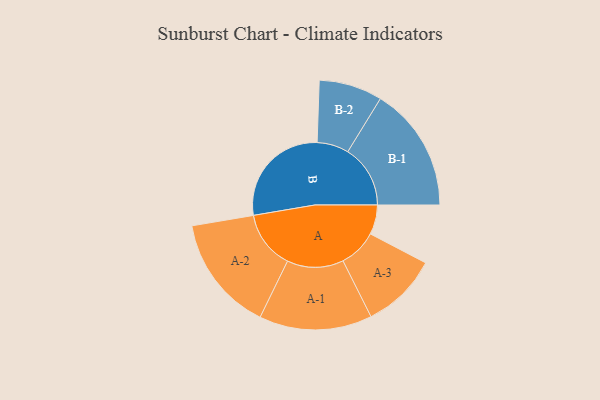
{"axis": {"x": "Segment", "y": "Value"}, "legend": ["", "A", "B"], "data": [{"x": "A", "y": 135, "type": ""}, {"x": "B", "y": 497, "type": ""}, {"x": "A-1", "y": 258, "type": "A"}, {"x": "A-2", "y": 266, "type": "A"}, {"x": "A-3", "y": 175, "type": "A"}, {"x": "B-1", "y": 286, "type": "B"}, {"x": "B-2", "y": 145, "type": "B"}]}